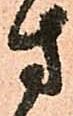
方